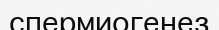
спермиогенез